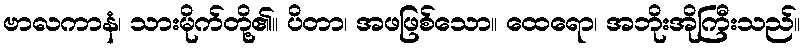
ဗာလကာနံ၊ သားမိုက်တို့၏။ ပိတာ၊ အဖဖြစ်သော။ ထေရော၊ အဘိုးအိုကြီးသည်။